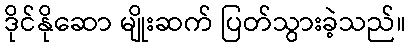
ဒိုင်နိုဆော မျိုးဆက် ပြတ်သွားခဲ့သည်။